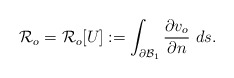
\begin{align*} \mathcal{R}_o=\mathcal{R}_o[U]:=\int_{\partial\mathcal{B}_1}\frac{\partial v_o}{\partial n}~ds.\end{align*}